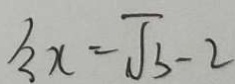
^ { 1 } 3 x = \sqrt { 3 } - 2